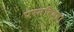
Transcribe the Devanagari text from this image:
परमविदुषो